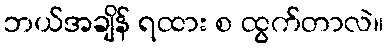
ဘယ်အချိန် ရထား စ ထွက်တာလဲ။